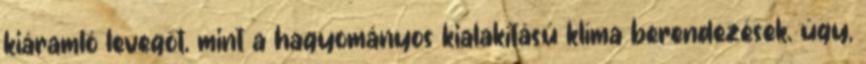
kiáramló levegőt, mint a hagyományos kialakítású klíma berendezések, úgy,